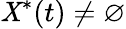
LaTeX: \mathit{X}^{\ast}(t)\neq\varnothing